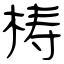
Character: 梼